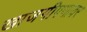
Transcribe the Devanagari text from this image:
खाजगीपणावर